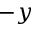
- y